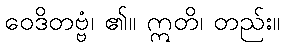
ဝေဒိတဗ္ဗံ၊ ၏။ ဣတိ၊ တည်း။